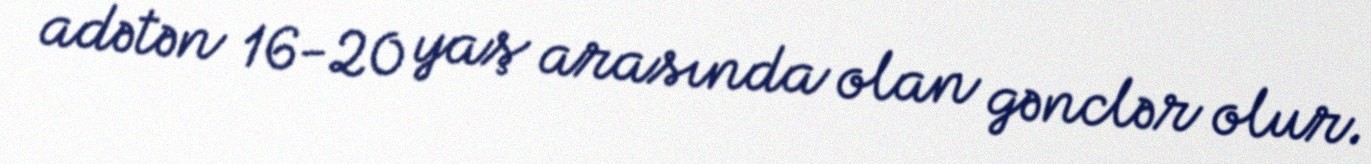
adətən 16-20 yaş arasında olan gənclər olur.